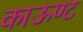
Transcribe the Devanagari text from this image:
काऊण्ट